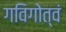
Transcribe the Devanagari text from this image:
गविगोत्वं